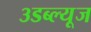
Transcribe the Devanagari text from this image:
३डब्ल्यूज